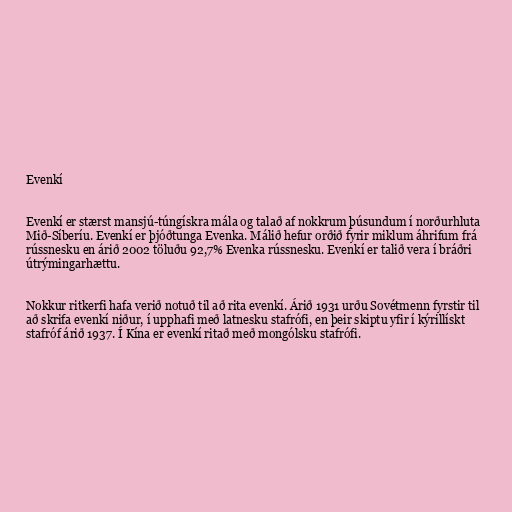
Evenkí

Evenkí er stærst mansjú-túngískra mála og talað af nokkrum þúsundum í norðurhluta
Mið-Síberíu. Evenkí er þjóðtunga Evenka. Málið hefur orðið fyrir miklum áhrifum frá
rússnesku en árið 2002 töluðu 92,7% Evenka rússnesku. Evenkí er talið vera í bráðri
útrýmingarhættu.

Nokkur ritkerfi hafa verið notuð til að rita evenkí. Árið 1931 urðu Sovétmenn fyrstir til
að skrifa evenkí niður, í upphafi með latnesku stafrófi, en þeir skiptu yfir í kýrillískt
stafróf árið 1937. Í Kína er evenkí ritað með mongólsku stafrófi.